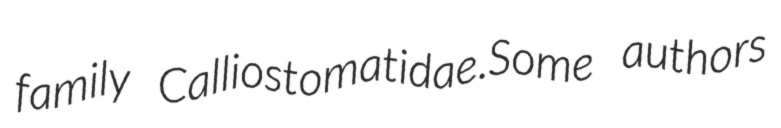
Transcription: family Calliostomatidae.Some authors